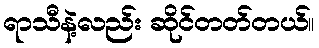
ရာသီနဲ့လည်း ဆိုင်တတ်တယ်။